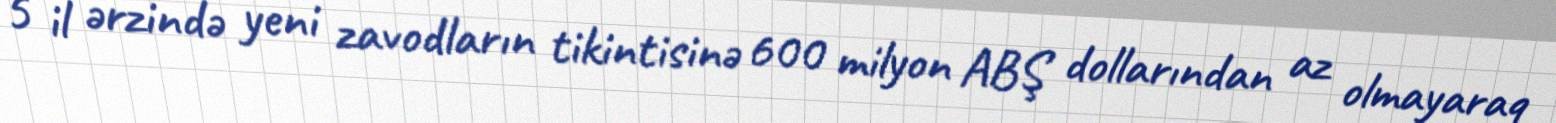
5 il ərzində yeni zavodların tikintisinə 600 milyon ABŞ dollarından az olmayaraq